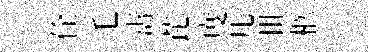
佺毛夀芘度几丗柩